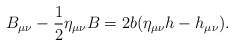
\begin{align*}B_{\mu \nu }-\frac 12\eta _{\mu \nu }B=2b(\eta _{\mu \nu }h-h_{\mu \nu }).\end{align*}